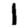
Digit: 1